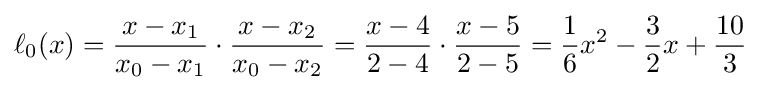
\ell _{0}(x)={\frac {x-x_{1}}{x_{0}-x_{1}}}\cdot {\frac {x-x_{2}}{x_{0}-x_{2}}}={\frac {x-4}{2-4}}\cdot {\frac {x-5}{2-5}}={\frac {1}{6}}x^{2}-{\frac {3}{2}}x+{\frac {10}{3}}